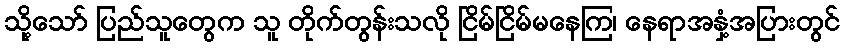
သို့သော် ပြည်သူတွေက သူ တိုက်တွန်းသလို ငြိမ်ငြိမ်မနေကြ၊ နေရာအနှံ့အပြားတွင်